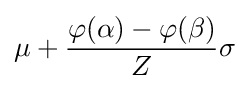
\mu +{\frac {\varphi (\alpha )-\varphi (\beta )}{Z}}\sigma